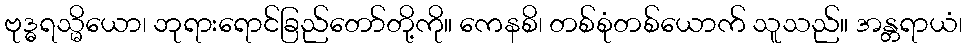
ဗုဒ္ဓရသ္မိယော၊ ဘုရားရောင်ခြည်တော်တို့ကို။ ကေနစိ၊ တစ်စုံတစ်ယောက် သူသည်။ အန္တရာယံ၊